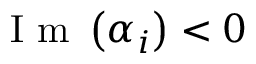
\mathrm { ~ I ~ m ~ } \left( \alpha _ { i } \right) < 0